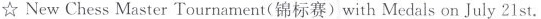
☆ NewChess Master Tournament (锦标赛) with Medals on July 21 st.